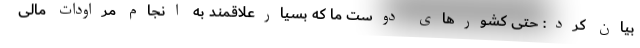
بیان کرد: حتی کشورهای دوست ما که بسیارعلاقمند به انجام مراودات مالی